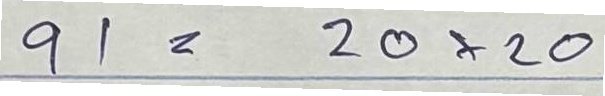
91 = 20x20